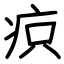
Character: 疻